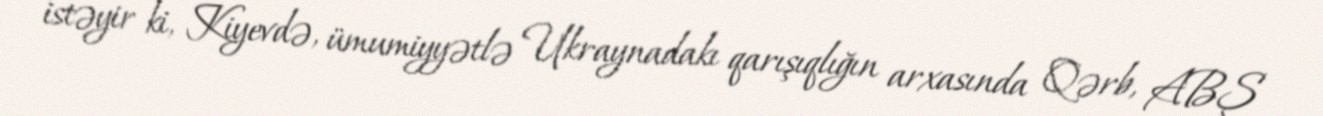
istəyir ki, Kiyevdə, ümumiyyətlə Ukraynadakı qarışıqlığın arxasında Qərb, ABŞ